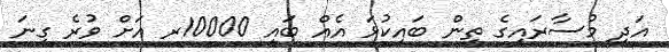
އަދި މުސާރައިގެ ތިން ބައިކުޅަ އެއް ބައި 10000ރ އަށް ވުރެ ގިނަ